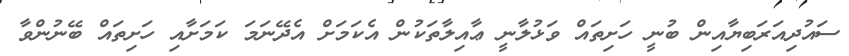
ސައުދިއަރަބިޔާއިން ބުނީ ހަށިތައް ވަޅުލާނީ ޢާއިލާތަކުން އެކަމަށް އެދޭނަމަ ކަމަށާއި ހަށިތައް ބޭނުންވާ